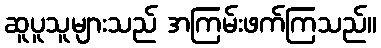
ဆူပူသူများသည် အကြမ်းဖက်ကြသည်။